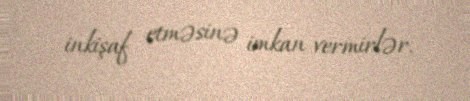
inkişaf etməsinə imkan vermirlər.